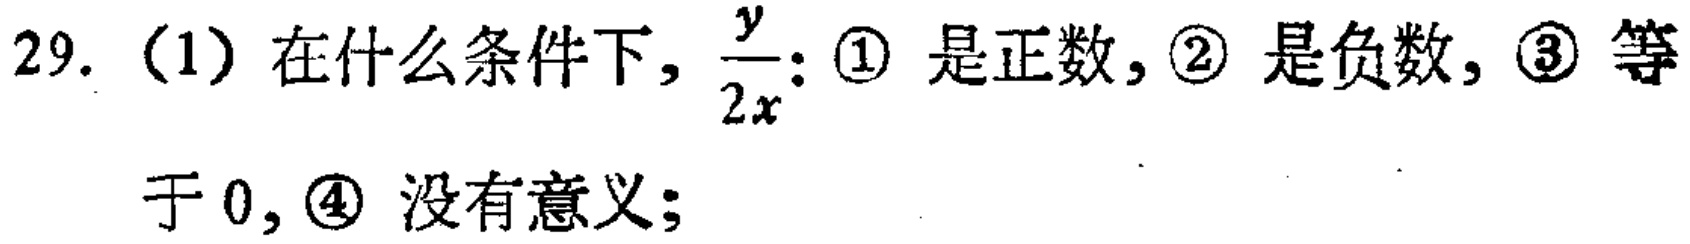
29.（1）在什么条件下，$\frac{y}{2x}$：\textcircled{1} 是正数，\textcircled{2} 是负数，\textcircled{3} 等于 0，\textcircled{4} 没有意义；